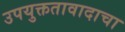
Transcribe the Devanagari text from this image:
उपयुक्ततावादाचा